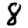
Digit: 8